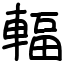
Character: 輻